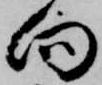
向